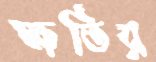
ক্ষতির